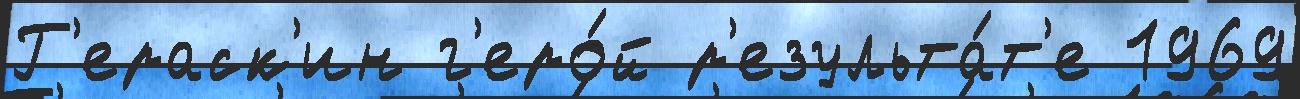
Г'ераск'ин г'еро́й р'езульта́т'е 1969